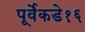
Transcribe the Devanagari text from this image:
पूर्वेकडे१६